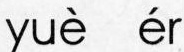
yuè ér